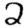
Digit: 2